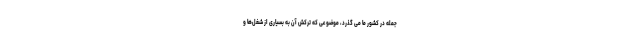
جمله در کشور ما می گذرد، موضوعی که ترکش آن به بسیاری از شغل‌ها و